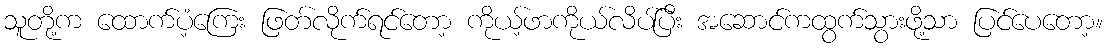
သူတို့က ထောက်ပံ့ကြေး ဖြတ်လိုက်ရင်တော့ ကိုယ့်ဖာကိုယ်လိပ်ပြီး အဆောင်ကထွက်သွားဖို့သာ ပြင်ပေတော့။